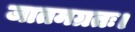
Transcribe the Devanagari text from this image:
जातमग्रतः।